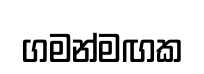
ගමන්මඟක